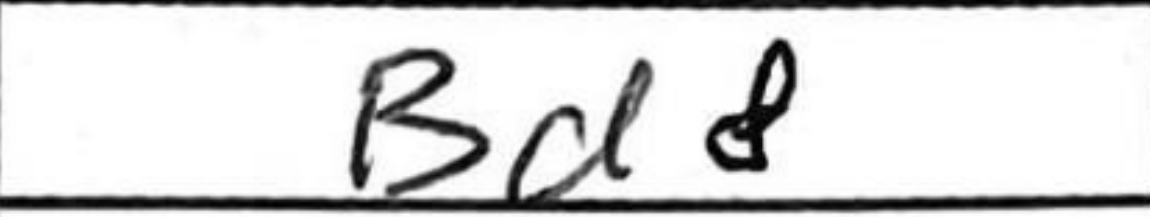
Transcription: Bd8